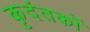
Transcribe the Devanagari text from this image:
कृदंतकों